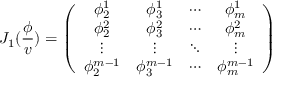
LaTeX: J _ { 1 } ( \frac \phi v ) = \left( \begin{array} { c c c c } { { \phi _ { 2 } ^ { 1 } } } & { { \phi _ { 3 } ^ { 1 } } } & { { \cdots } } & { { \phi _ { m } ^ { 1 } } } \\ { { \phi _ { 2 } ^ { 2 } } } & { { \phi _ { 3 } ^ { 2 } } } & { { \cdots } } & { { \phi _ { m } ^ { 2 } } } \\ { { \vdots } } & { { \vdots } } & { { \ddots } } & { { \vdots } } \\ { { \phi _ { 2 } ^ { m - 1 } } } & { { \phi _ { 3 } ^ { m - 1 } } } & { { \cdots } } & { { \phi _ { m } ^ { m - 1 } } } \end{array} \right)